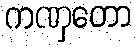
ကဏှတော